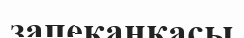
запеканкасы